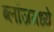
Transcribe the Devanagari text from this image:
ब्लॉजमध्ये